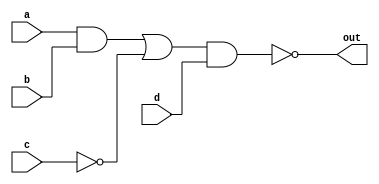
`timescale 1ns / 1ps
//////////////////////////////////////////////////////////////////////////////////
// Company: 
// Engineer: 
// 
// Design Name: 
// Module Name: gate_level_example
// Project Name: 
// Target Devices: 
// Tool Versions: 
// Description: 
// 
// Dependencies: 
// 
// Revision:
// Revision 0.01 - File Created
// Additional Comments:
// 
//////////////////////////////////////////////////////////////////////////////////


module gate_level_example(
    input a,
    input b,
    input c,
    input d,
    output out
    );
    
    wire net1;  // Instansiate all the nets as wires
    wire net2;  // Nets are simply the outputs of each logic gate
    wire net3;  // Easiest way to organize gate level designs is to number all nets on a diagram
    wire net4;
    // Syntax GATE GATE_NAME(OUTPUT, INPUT1, INPUT2, INPUT3, etc..)
    and A1(net1, a, b);      // AND gate with a & b being assigned to net1
    not N1(net2, c);         // NOT gate with c being assigned to net2
    or O1(net3, net1, net2); // OR gate with net1 & net2 being assigned to net3
    and A2(net4, net3, d);   // AND gate with net3 & d being assigned to net4
    not(out, net4);          // NOT gate with net4 finally being assigned to out 
    
endmodule